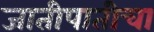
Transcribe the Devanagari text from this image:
जातीपातीचा